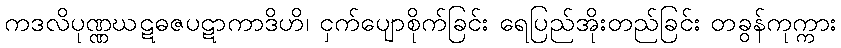
ကဒလိပုဏ္ဏဃဋဓဇပဋာကာဒိဟိ၊ ငှက်ပျောစိုက်ခြင်း ရေပြည်အိုးတည်ခြင်း တခွန်ကုက္ကား